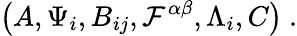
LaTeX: \left(A,\Psi_{i},B_{ij},{\cal F}^{\alpha\beta},\Lambda_{i},C\right)\ .